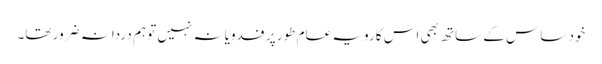
خود ساس کے ساتھ بھی اس کا رویہ عام طور پر فدویانہ نہیں تو ہم دردانہ ضرور تھا۔